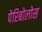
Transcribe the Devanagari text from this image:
पेरिबोलोस